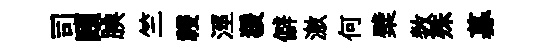
司頤腆竺祲涇猨僻激何檗数殊募